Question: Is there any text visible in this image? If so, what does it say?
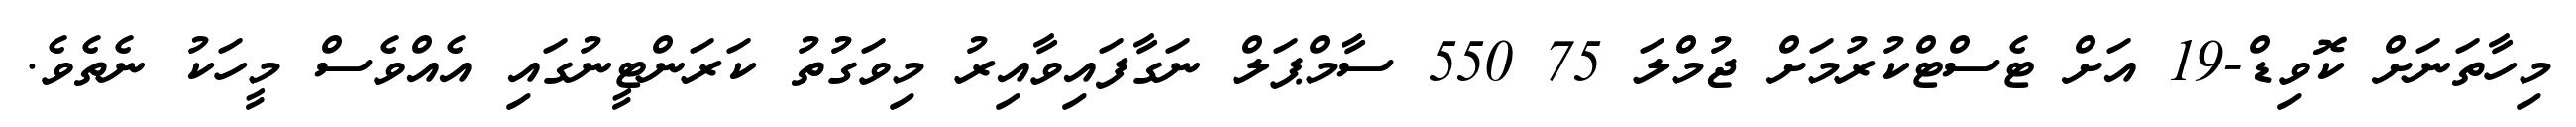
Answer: މިހާތަނަށް ކޮވިޑް-19 އަށް ޓެސްޓްކުރުމަށް ޖުމްލަ 75 550 ސާމްޕަލް ނަގާފައިވާއިރު މިވަގުތު ކަރަންޓީނުގައި އެއްވެސް މީހަކު ނެތެވެ.